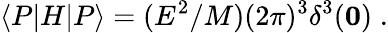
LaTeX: \langle P|H|P\rangle=(E^{2}/M)(2\pi)^{3}\delta^{3}(\mathbf{0})\; .